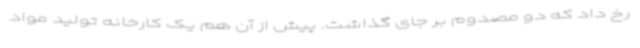
رخ داد که دو مصدوم بر جای گذاشت. پیش از آن هم یک کارخانه تولید مواد